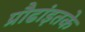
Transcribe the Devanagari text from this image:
प्रौढांइतके